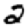
Digit: 2